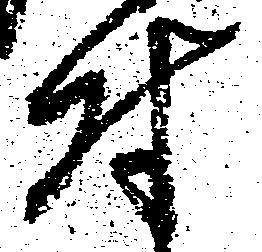
付